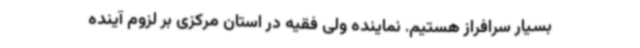
بسیار سرافراز هستیم. نماینده ولی فقیه در استان مرکزی بر لزوم آینده